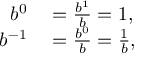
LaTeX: \begin{array} { r l } { b ^ { 0 } } & { { } = { \frac { b ^ { 1 } } { b } } = 1 , } \\ { b ^ { - 1 } } & { { } = { \frac { b ^ { 0 } } { b } } = { \frac { 1 } { b } } , } \end{array}